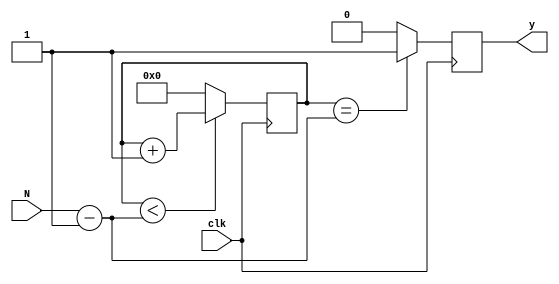
module clk_decimator(clk, //
               N,   // Input -- decimation factor
               y   // Output signal
              );

    // Input ports
    input clk;
    input [31:0] N;

    // Output ports
    output y;

    // Input port data types
    wire clk;
    wire [31:0] N;
    wire x;

    // Ouput port data type
    reg y;

    reg [31:0] internal_counter = 0;
    always @(posedge clk) begin
      if (internal_counter == N-1)
        y <= 1;
      else
        y <= 0;
    end

    always @(posedge clk) begin
      if (internal_counter < N - 1)
        internal_counter <= internal_counter + 1;
      else
        internal_counter <= 0;
    end

    // // https://stackoverflow.com/questions/25857630/can-verilog-variables-be-given-local-scope-to-an-always-block
    // reg [31:0] internal_counter = 0; // COUNTS UP
    // always @(posedge clk) begin
    //     if (x==1) begin
    //       if (internal_counter == N) begin
    //           y = 1;
    //           internal_counter = 0;
    //       end
    //       else begin
    //         y = 0;
    //         internal_counter = internal_counter + 1;
    //       end
    //     end
    //     // No endif???? https://www.doulos.com/knowhow/verilog_designers_guide/if_statement/
    //     // I guess it looks like begin/end is equiv to {/}
    //     // example: http://www.asic-world.com/verilog/vbehave2.html
    //     else begin
    //       y = 0;
    //     end
    // end

endmodule